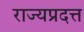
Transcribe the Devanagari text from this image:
राज्यप्रदत्त